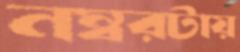
নম্বরটায়